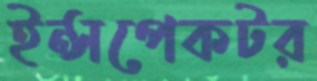
ইন্সপেকটর